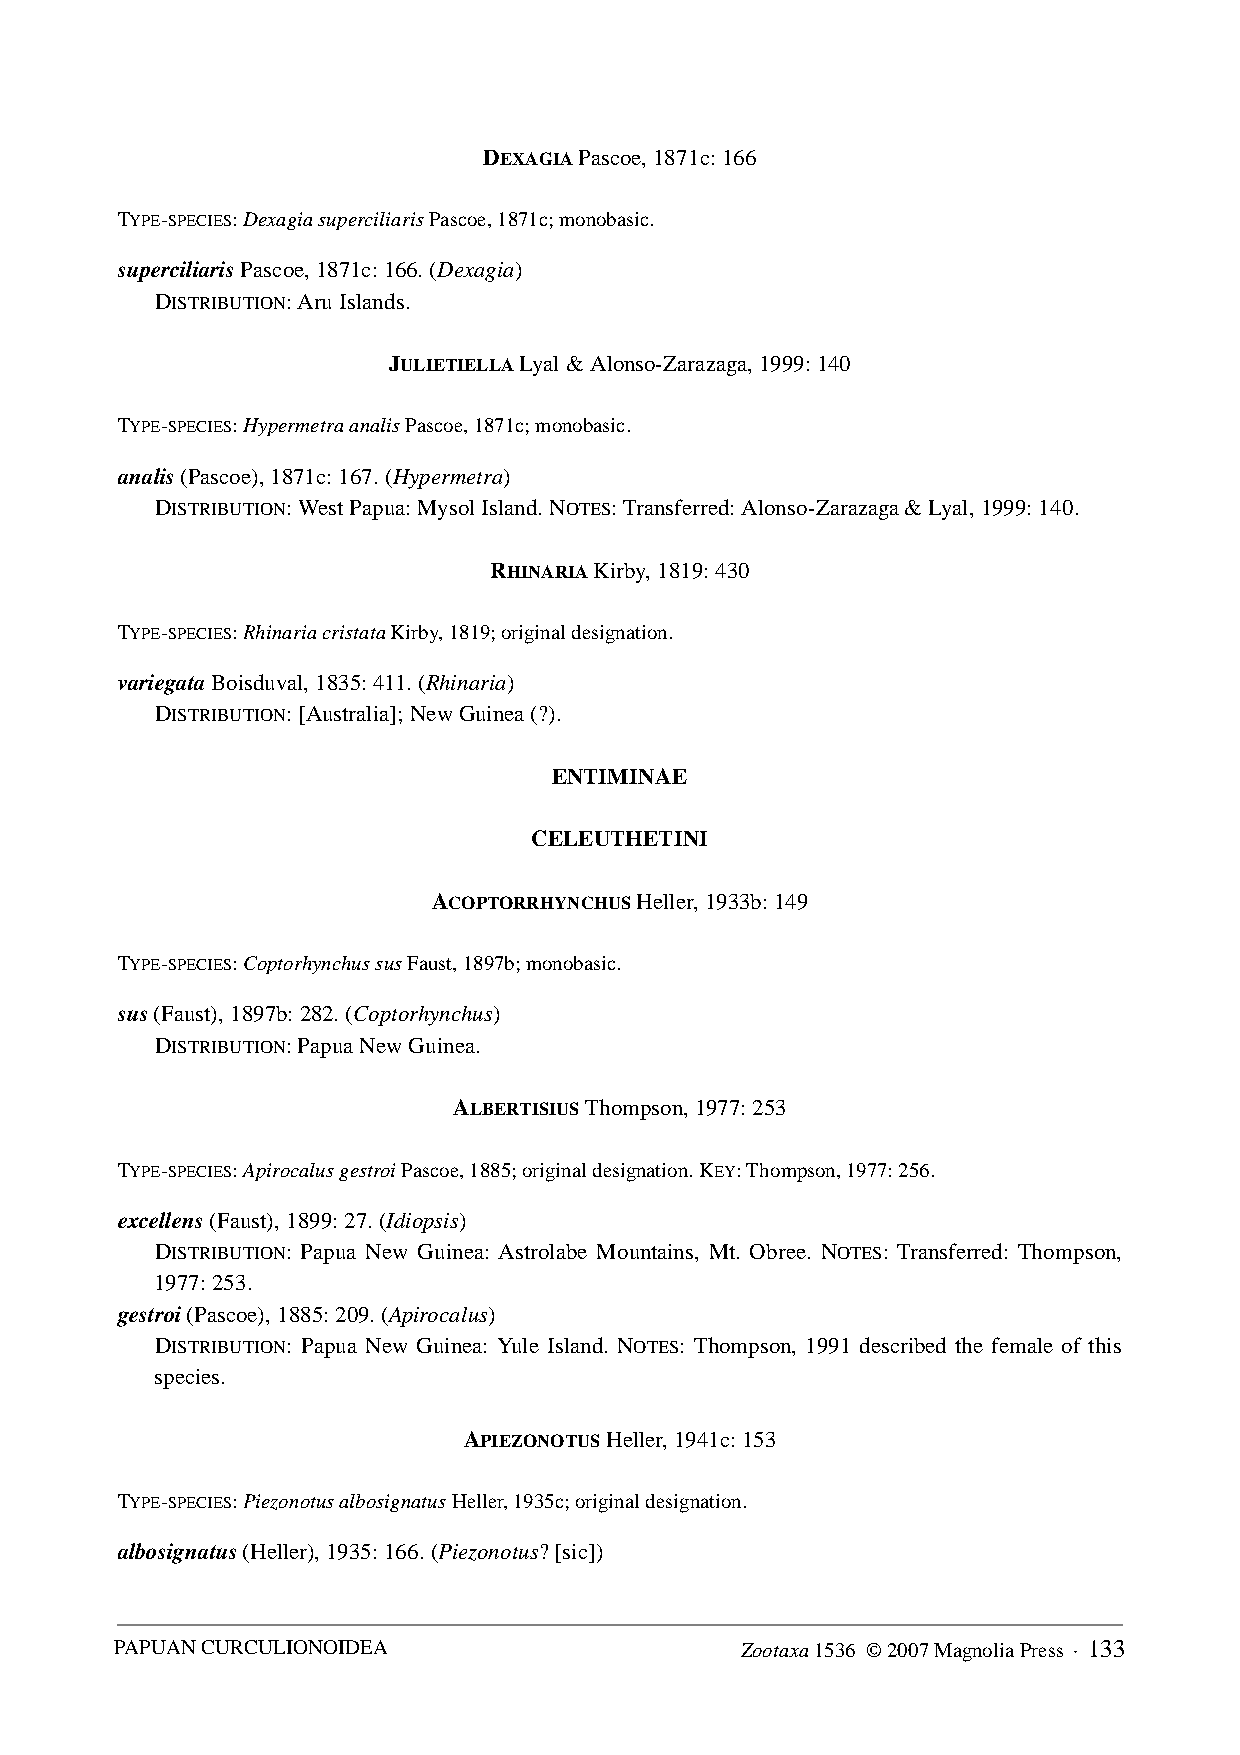
DEXAGIA Pascoe, 1871c: 166
 TYPE-SPECIES: Dexagia superciliaris Pascoe, 1871c; monobasic.
 superciliaris Pascoe, 1871c: 166. (Dexagia)
 DISTRIBUTION: Aru Islands.
 JULIETIELLA Lyal & Alonso-Zarazaga, 1999: 140
 TYPE-SPECIES: Hypermetra analis Pascoe, 1871c; monobasic.
 analis (Pascoe), 1871c: 167. (Hypermetra)
 DISTRIBUTION: West Papua: Mysol Island. NOTES: Transferred: Alonso-Zarazaga & Lyal, 1999: 140.
 RHINARIA Kirby, 1819: 430
 TYPE-SPECIES: Rhinaria cristata Kirby, 1819; original designation.
 variegata Boisduval, 1835: 411. (Rhinaria)
 DISTRIBUTION: [Australia]; New Guinea (?).
 ENTIMINAE
 CELEUTHETINI
 ACOPTORRHYNCHUS Heller, 1933b: 149
 TYPE-SPECIES: Coptorhynchus sus Faust, 1897b; monobasic.
 sus (Faust), 1897b: 282. (Coptorhynchus)
 DISTRIBUTION: Papua New Guinea.
 ALBERTISIUS Thompson, 1977: 253
 TYPE-SPECIES: Apirocalus gestroi Pascoe, 1885; original designation. KEY: Thompson, 1977: 256.
 excellens (Faust), 1899: 27. (Idiopsis)
 DISTRIBUTION: Papua New Guinea: Astrolabe Mountains, Mt. Obree. NOTES: Transferred: Thompson,
 1977: 253.
 gestroi (Pascoe), 1885: 209. (Apirocalus)
 DISTRIBUTION: Papua New Guinea: Yule Island. NOTES: Thompson, 1991 described the female of this
 species.
 APIEZONOTUS Heller, 1941c: 153
 TYPE-SPECIES: Piezonotus albosignatus Heller, 1935c; original designation.
 albosignatus (Heller), 1935: 166. (Piezonotus? [sic])
 PAPUAN CURCULIONOIDEA                    Zootaxa 1536 © 2007 Magnolia Press · 133